Leningradi_Edasi_toimetus, lk 171
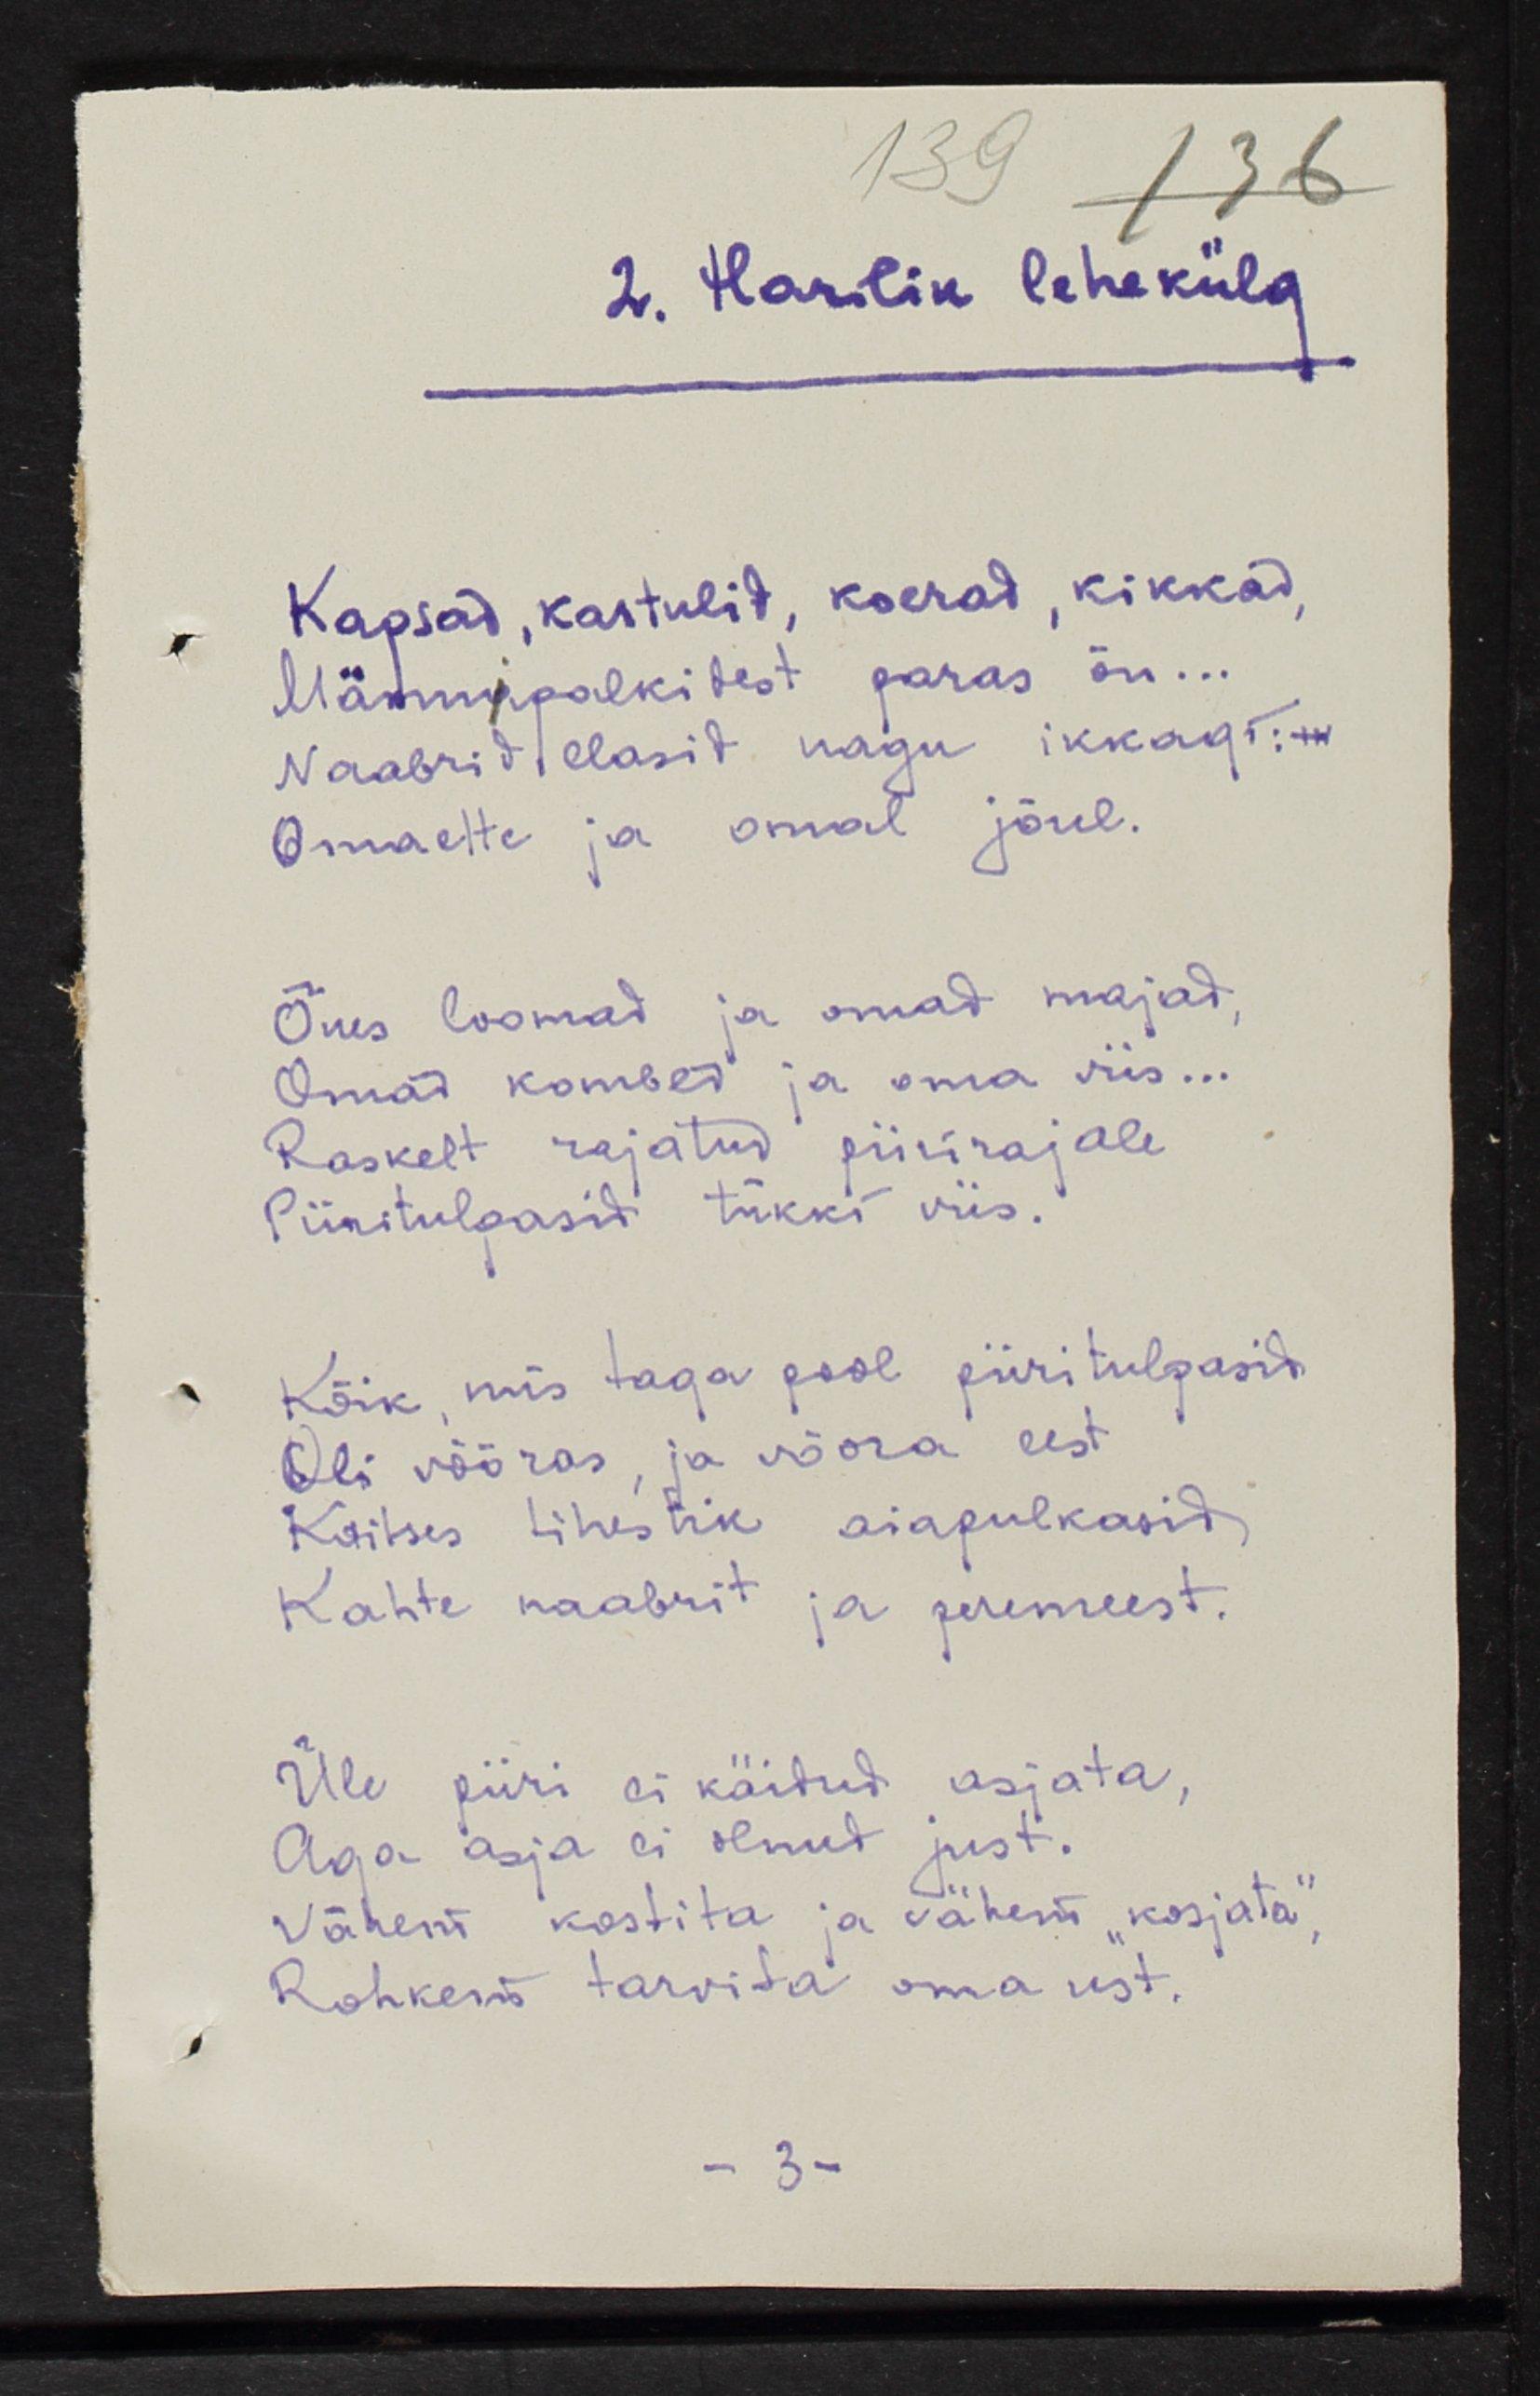
2. Harilik lehekülg
Kapsad, kartulid, koerad, kikkad,
Männipalkidest paras õu...
Naabrid elasid nagu ikkagi: 
Omaette ja omal jõul.
Õues loomad ja omad majad
Omad kombed ja oma viis...
Raskelt rajatud piirirajale
Piiritulpasid tükki viis.
Kõik, mis taga pool piiritulpasid
Oli võõras, ja võõra eest
Kaitses tihestik aiapulkasid
Kahte naabrit ja peremeest
Üle piiri ei käidud asjata,
aga asja ei olnud just.
Vähem kostita ja vähem "kosjata", 
Rohkem tarvita oma ust.